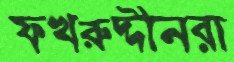
ফখরুদ্দীনরা